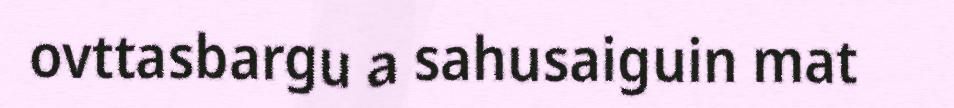
ovttasbargu a sahusaiguin mat